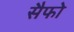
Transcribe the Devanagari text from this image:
सैफो